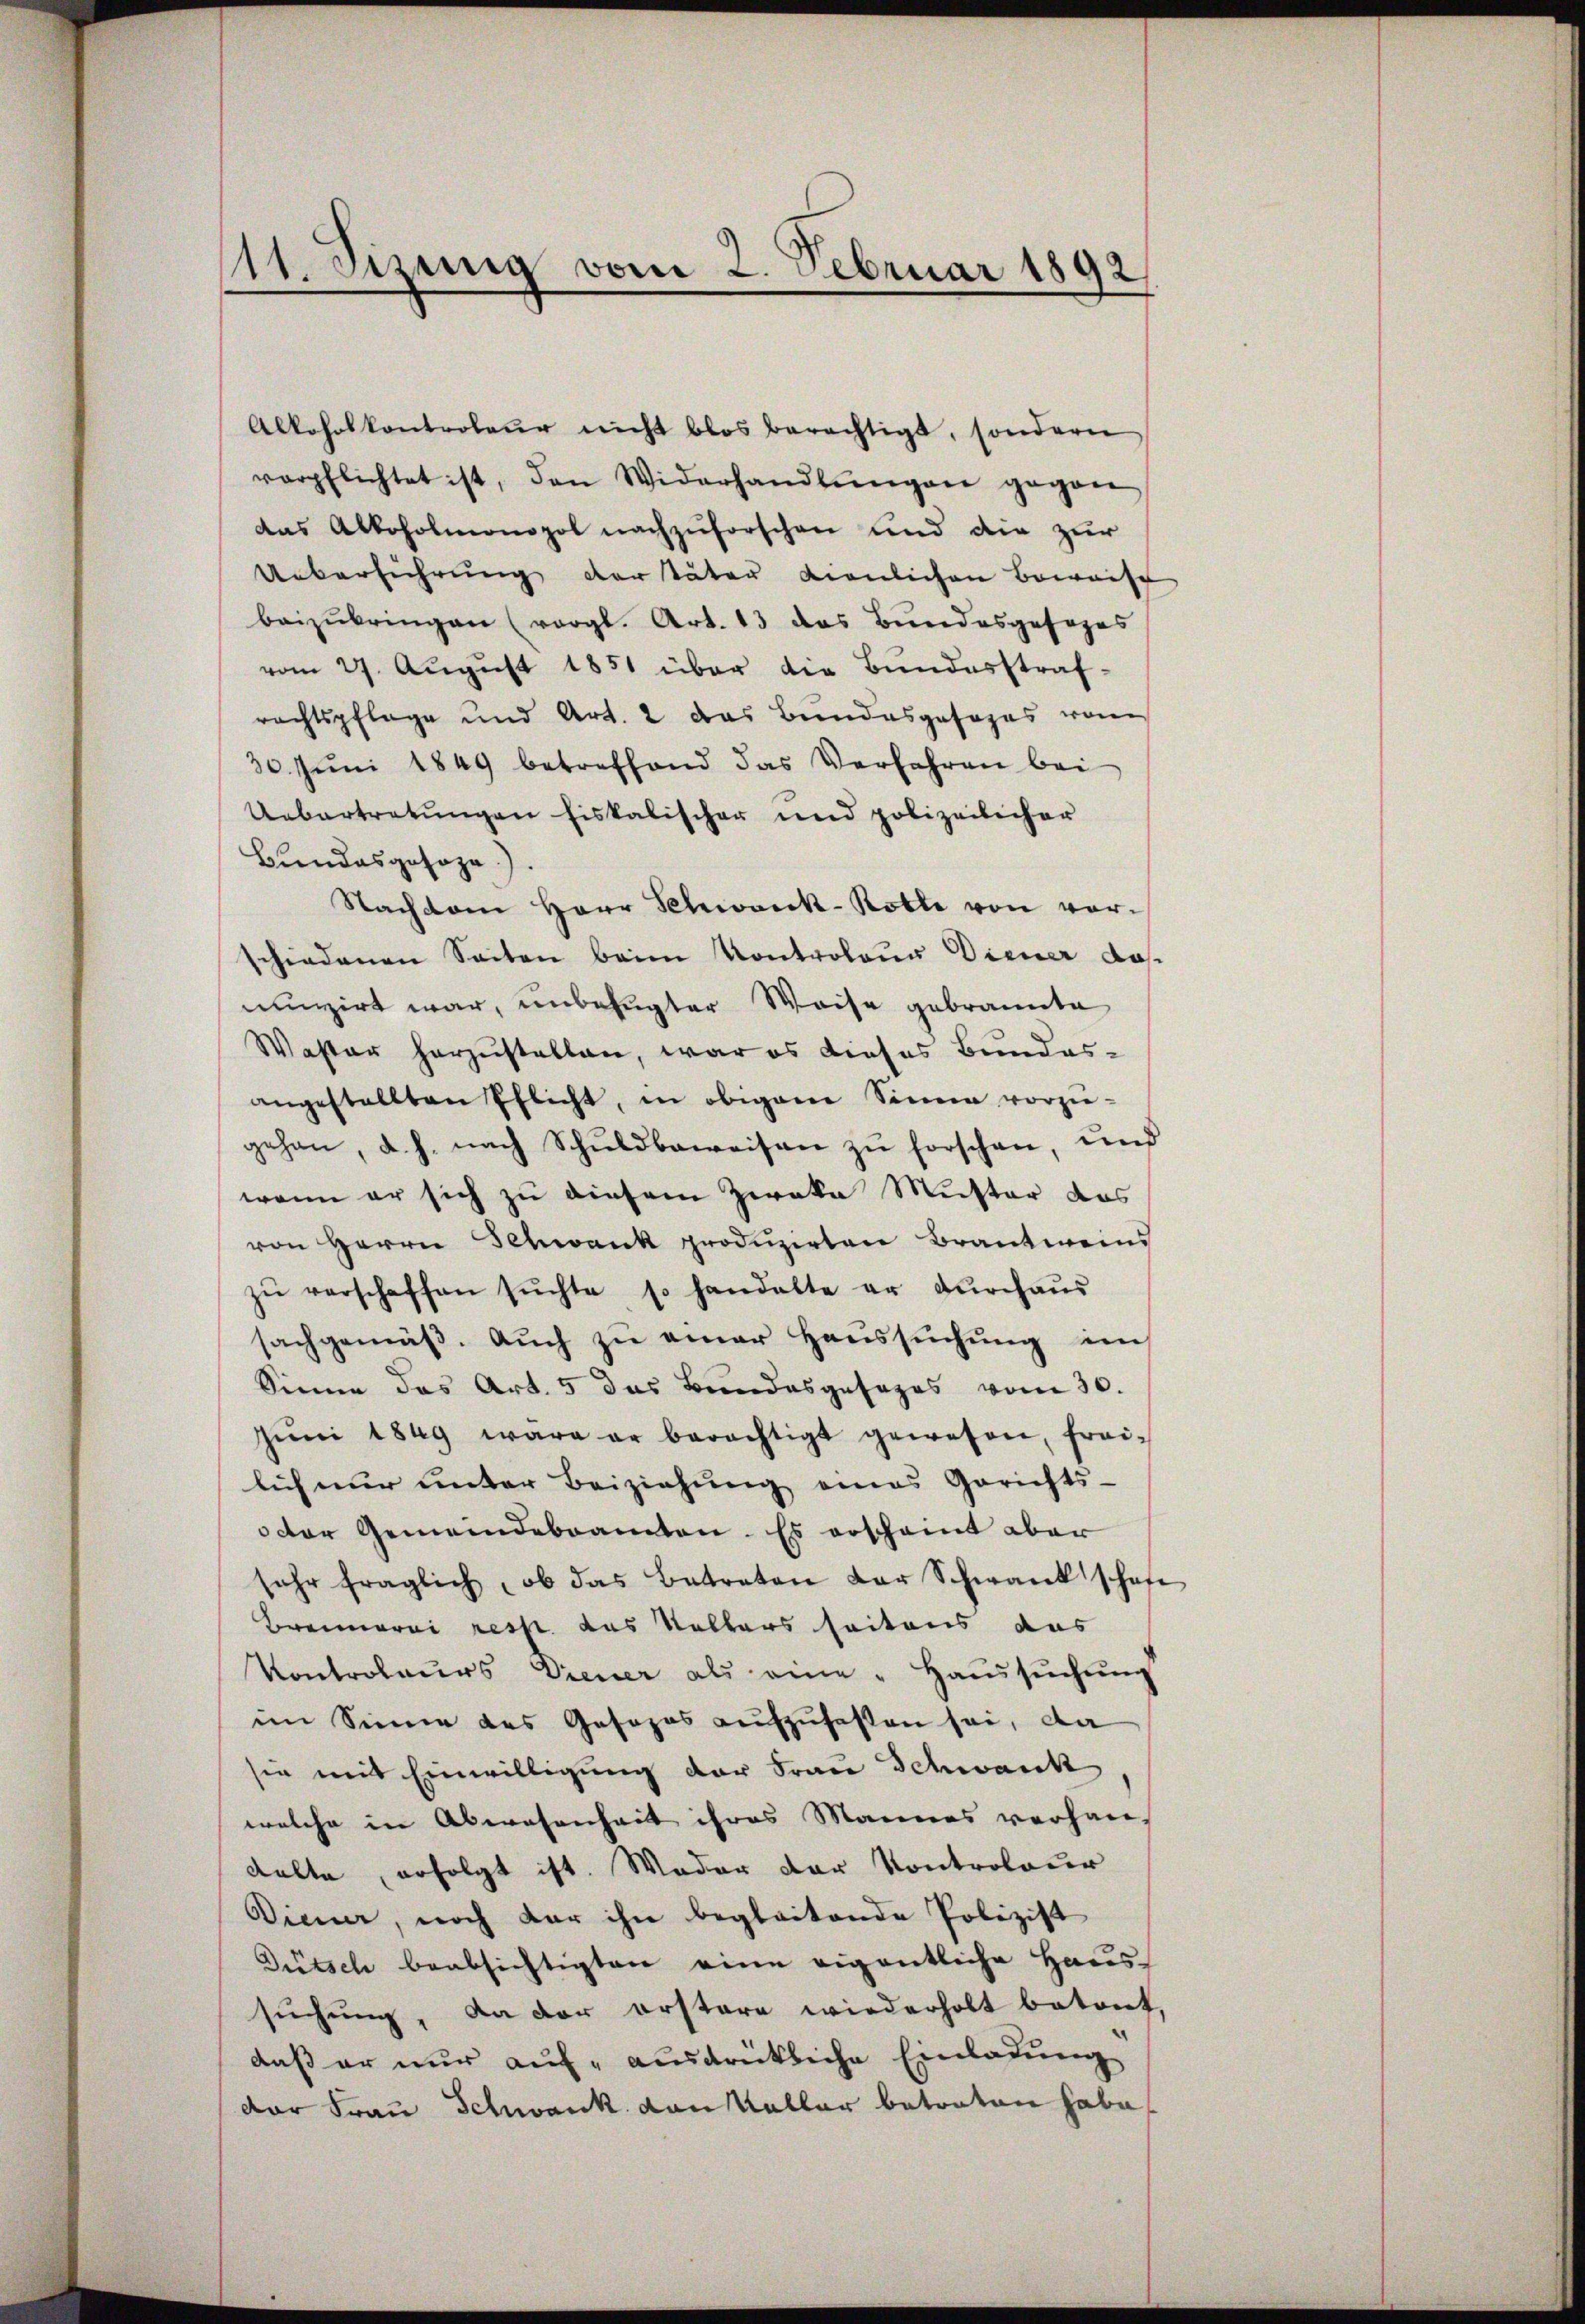
11. Sizung vom 2. Februar 1892

Alkoholkontroleur nicht blos berechtigt, sondern
verpflichtet ist, den Widerhandlŭngen gegen
das Alkoholmonopol nachzuforschen und die zur
Ueberführung der Väter dienlichen Beweise
beizŭbringen (vergl. Art. 13 das Bundesgesezes
vom 27. August 1851 über die Bundesstraf-
rachtspflege und Art. 2 das Bundesgesages vo
30. Jŭni 1849 betreffend das Verfahren bei
Uebertretungen fiskalischer und polizeilicher
Bundesgesoze).
Nachdem Herr Schwank-Rotle von vor-
schiedenen Seiten beim Kontroleur Diener do
nunzirt war, unbefugter Weise gebrannte
Waster herzustellen, war es dieses Bundes-
angestellten Pflicht, in obigem Sinne vorziegehen, d. h. nach Schŭldbeweisen zŭ forschen, und
wenn er sich zu diesem Zwaka Muster das
von Herrn Schwank produzirten Brantweins
zŭ verschaffen sŭchte so handelte er dŭrchaŭs
sachgemäβ. Aŭch zŭ einer Haŭssŭchŭng ei
Sinne das Art. 5 das Bundesgesezes vom 30.
Jŭni 1849 wäre er berechtigt gewesen, frei-
lich nur unter Beiziehung eines Gerichts-
dor Gemeindebeamten. Es erscheint aber
sehr fraglich, ob das Betreten der Schwank schaf
Breimarai resp. das Kellers seitens aus
Kontroleurs Diener als eine "Haŭssŭchŭng
im Sinne des Gesezes aufzufassen sei, da
sie mit Einwilligung der Frau Schwank
welche in Abwesenheit ihres Mannes verhan-
Kalte, erfolgt ist. Weder der Kontrolour
Diener, noch dar ihn begleitende Polizist
Dütsch beabsichtigten eine eigentliche Haus-
sŭchŭng, da der erstere wiederholt betont
daß er nur auf ausdrückliche Einladung
dor Frau Schwank von Kallar betraten habe